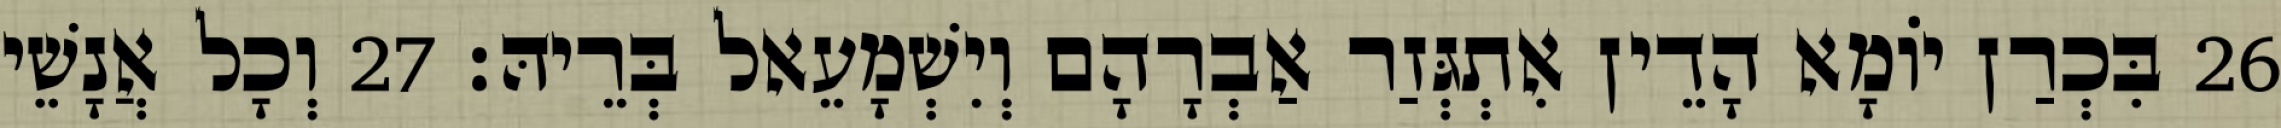
26 בִּכְרַן יוֹמָא הָדֵין אִתְגְּזַר אַבְרָהָם וְיִשְׁמָעֵאל בְּרֵיהּ׃ 27 וְכָל אֲנָשֵׁי